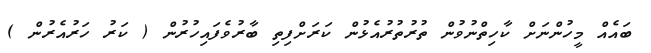
ބައެއް މީހުންނަށް ކާހިތްނުވުން ތުރުތުރުއެޅުން ކަރަށްފިތި ބާރުވެފައިހުރުން ( ކަރު ހަރުއެރުން )